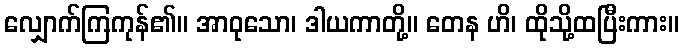
လျှောက်ကြကုန်၏။ အာဝုသော၊ ဒါယကာတို့။ တေန ဟိ၊ ထိုသို့ထပြီးကား။